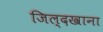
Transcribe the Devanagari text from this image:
जिल्दखाना